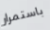
باستمرار